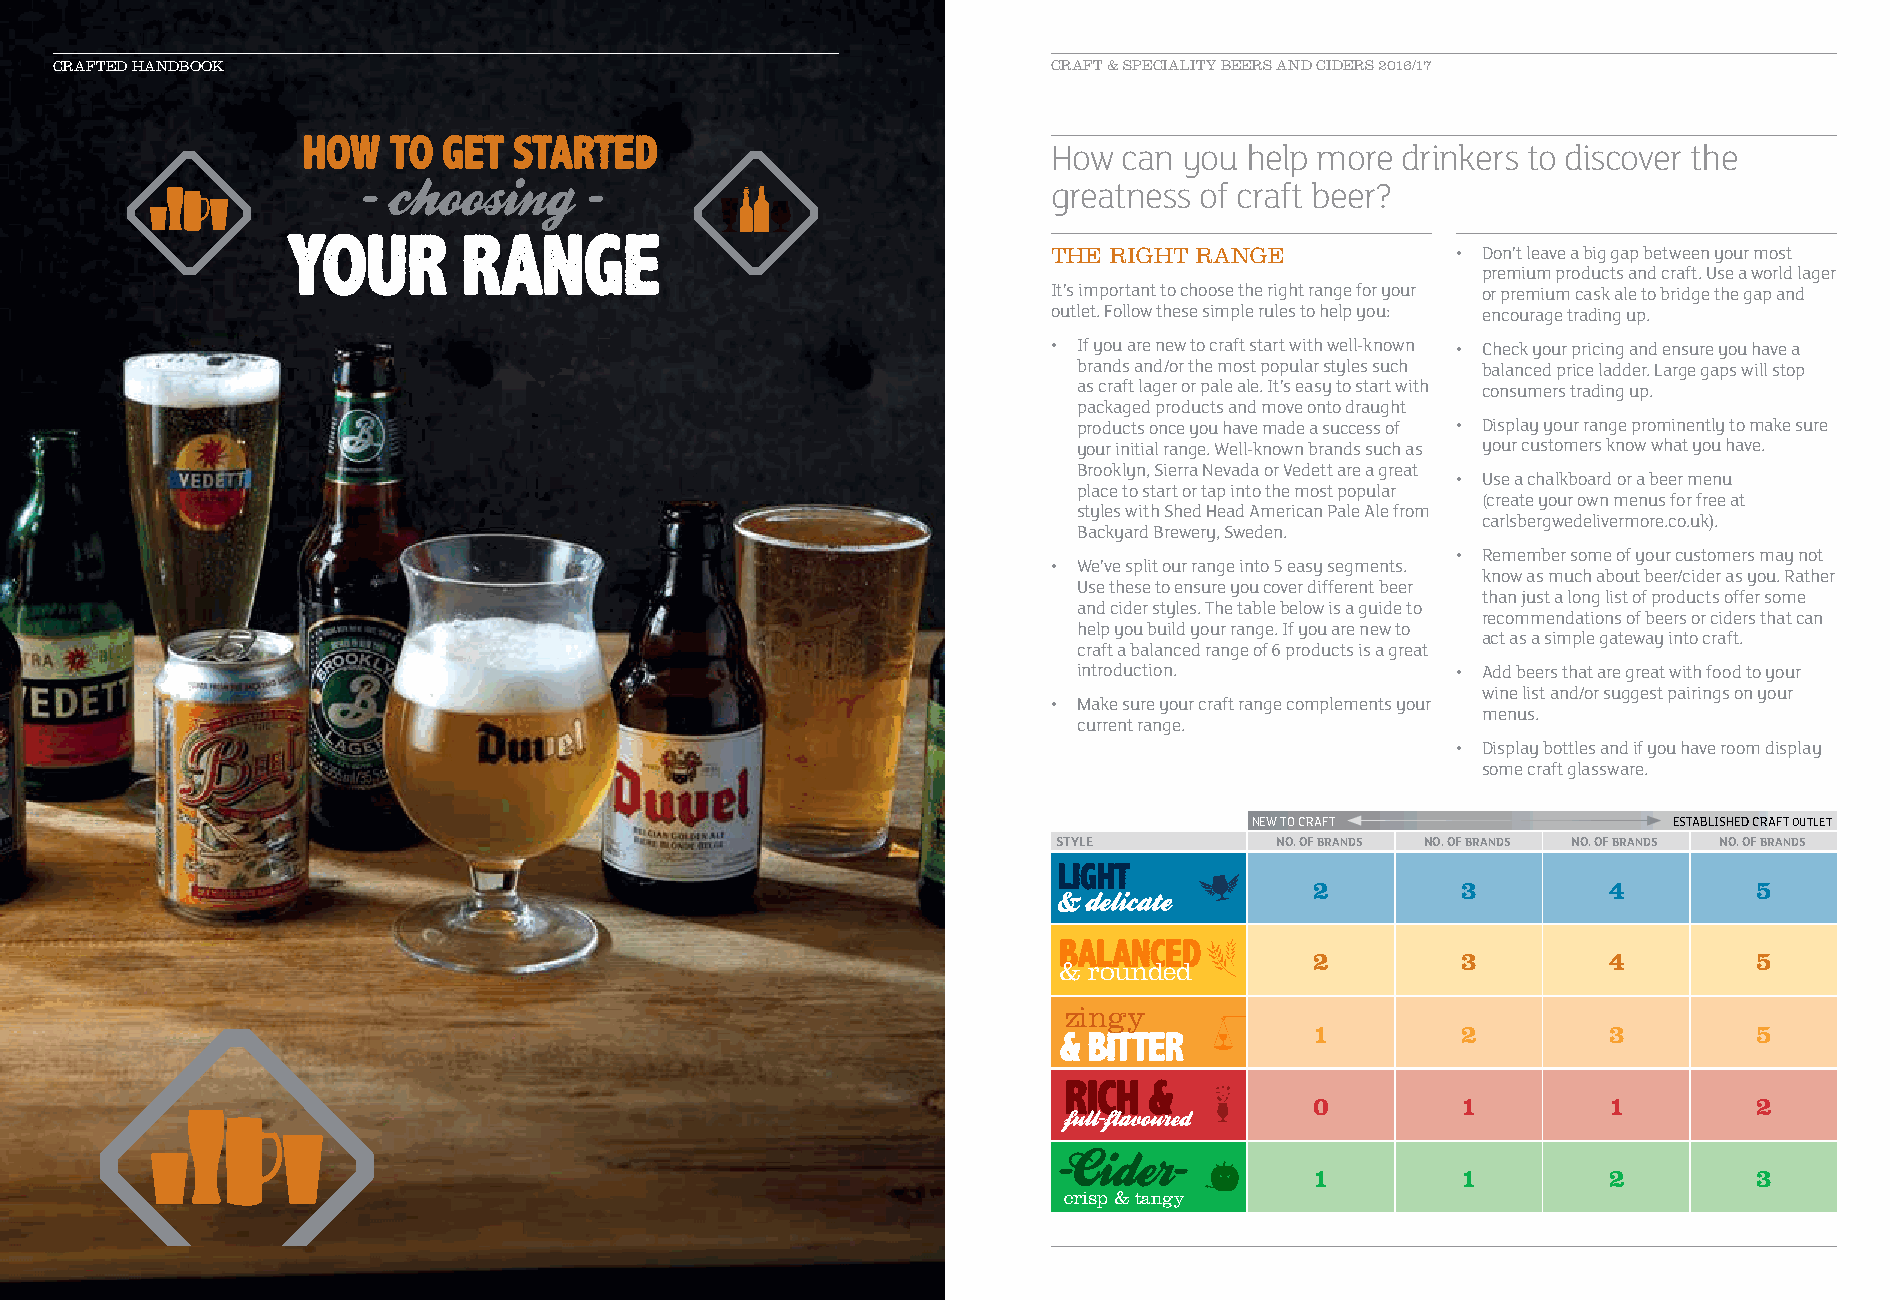
CCRRAAFFTTEEDD HHAANNDDBBOOOOKK                                   CRAFT & SPECIALITY BEERS AND CIDERS 2016/17
 How can you  help more drinkers to discover the
 greatness of craft beer?
 THE RIGHT RANGE           • Don’t leave a big gap between your most
 premium products and craft. Use a world lager
 It’s important to choose the right range for your or premium cask ale to bridge the gap and
 outlet. Follow these simple rules to help you: encourage trading up.
 • If you are new to craft start with well-known • Check your pricing and ensure you have a
 brands and/or the most popular styles such balanced price ladder. Large gaps will stop
 as craft lager or pale ale. It’s easy to start with consumers trading up.
 packaged products and move onto draught
 products once you have made a success of • Display your range prominently to make sure
 your initial range. Well-known brands such as your customers know what you have.
 Brooklyn, Sierra Nevada or Vedett are a great
 • Use a chalkboard or a beer menu
 place to start or tap into the most popular
 (create your own menus for free at
 styles with Shed Head American Pale Ale from
 carlsbergwedelivermore.co.uk).
 Backyard Brewery, Sweden.
 • Remember some of your customers may not
 • We’ve split our range into 5 easy segments.
 know as much about beer/cider as you. Rather
 Use these to ensure you cover different beer
 than just a long list of products offer some
 and cider styles. The table below is a guide to
 recommendations of beers or ciders that can
 help you build your range. If you are new to
 act as a simple gateway into craft.
 craft a balanced range of 6 products is a great
 introduction.            • Add beers that are great with food to your
 wine list and/or suggest pairings on your
 • Make sure your craft range complements your
 menus.
 current range.
 • Display bottles and if you have room display
 some craft glassware.
 NEW TO CRAFT                ESTABLISHED CRAFT OUTLET
 STYLE         NO. OF BRANDS NO. OF BRANDS NO. OF BRANDS NO. OF BRANDS
 2         3        4         5
 2         3        4         5
 & rounded
 zingy
 1         2        3         5
 0         1        1         2
 1         1        2         3
 crisp & tangy
 8/9